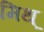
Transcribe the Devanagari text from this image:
मिथ्